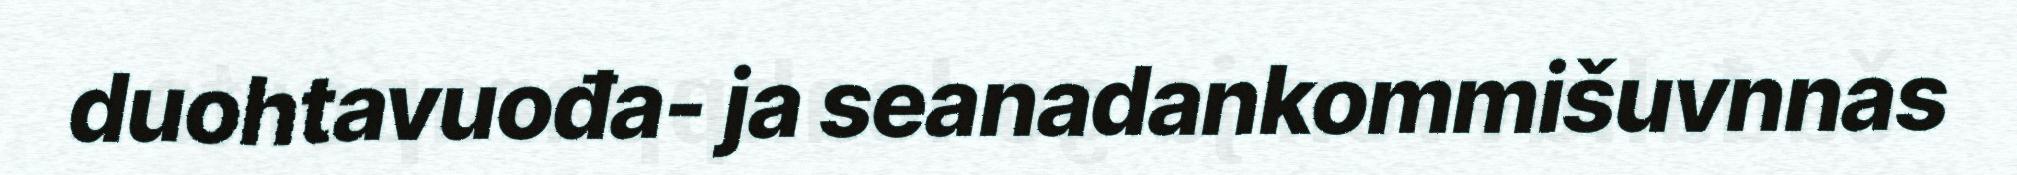
duohtavuođa- ja seanadankommišuvnnas